Document type: Emphyteutic lease
Year: 1276
Scribe: Pere de Roca
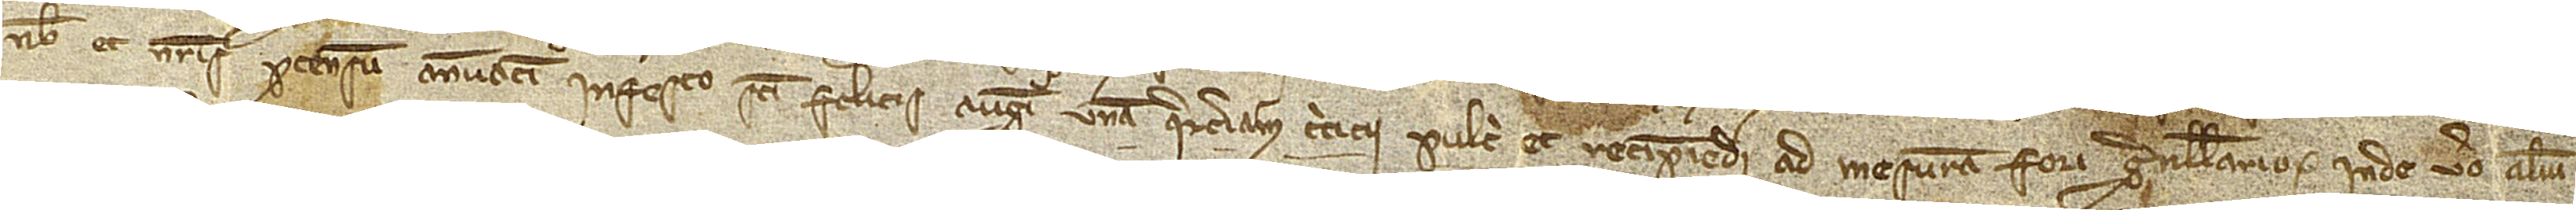
nobis et nostris pro censum annuatim in festo Sancti Felicis augusti unam quarteriam triticii pulcri et recipiendi ad mensuram fori Granullariorum. Inde vero alium